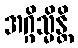
အဂ္ဂိသ္မိန္တိ